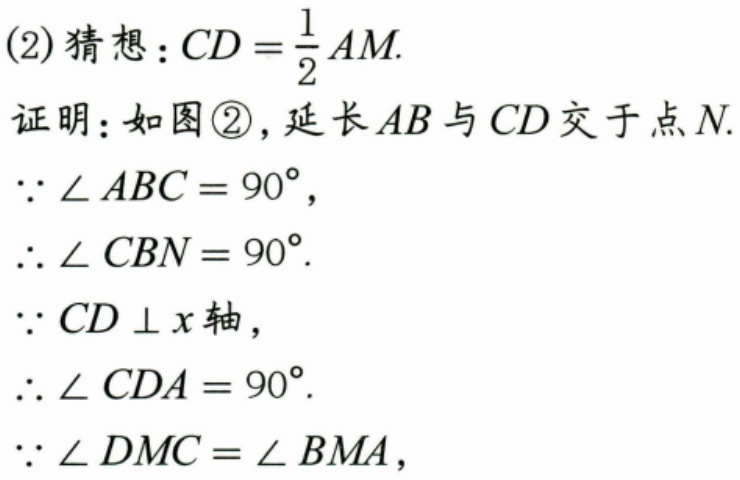
(2)猜想：\(CD = \frac{1}{2}AM\).
证明：如图\textcircled{2}，延长\(AB\)与\(CD\)交于点\(N\).
\(\because \angle ABC = 90^{\circ}\)，
\(\therefore \angle CBN = 90^{\circ}\).
\(\because CD \perp x\)轴，
\(\therefore \angle CDA = 90^{\circ}\).
\(\because \angle DMC = \angle BMA\)，